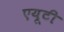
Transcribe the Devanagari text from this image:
एयूटी